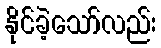
နိုင်ခဲ့သော်လည်း